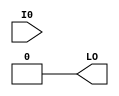
module LUT1_L (LO, I0);

    parameter INIT = 2'h0;

    input I0;

    output LO;
  
    wire LO;

    assign LO = (INIT[0] == INIT[1]) ? INIT[0] : INIT[I0];

endmodule